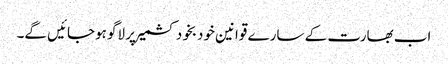
اب بھارت کے سارے قوانین خودبخود کشمیر پر لاگو ہوجائیں گے۔